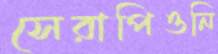
সেরাপিওনি